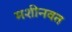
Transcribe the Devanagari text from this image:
मशीनवत